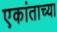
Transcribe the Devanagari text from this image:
एकांताच्या